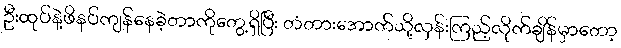
ဦးထုပ်နဲ့ဖိနပ်ကျန်နေခဲ့တာကိုတွေ့ရှိပြီး တံတားအောက်သို့လှန်းကြည့်လိုက်ချိန်မှာတော့